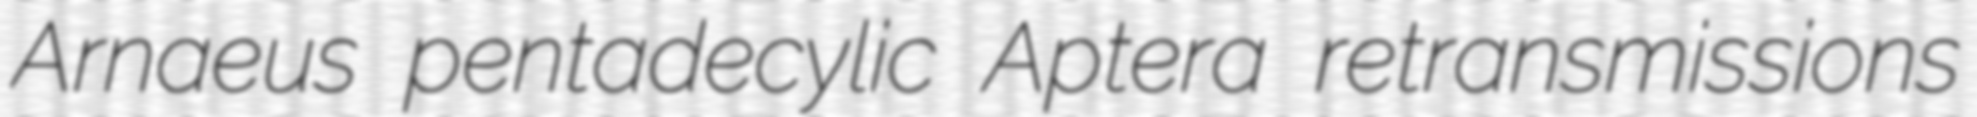
Arnaeus pentadecylic Aptera retransmissions